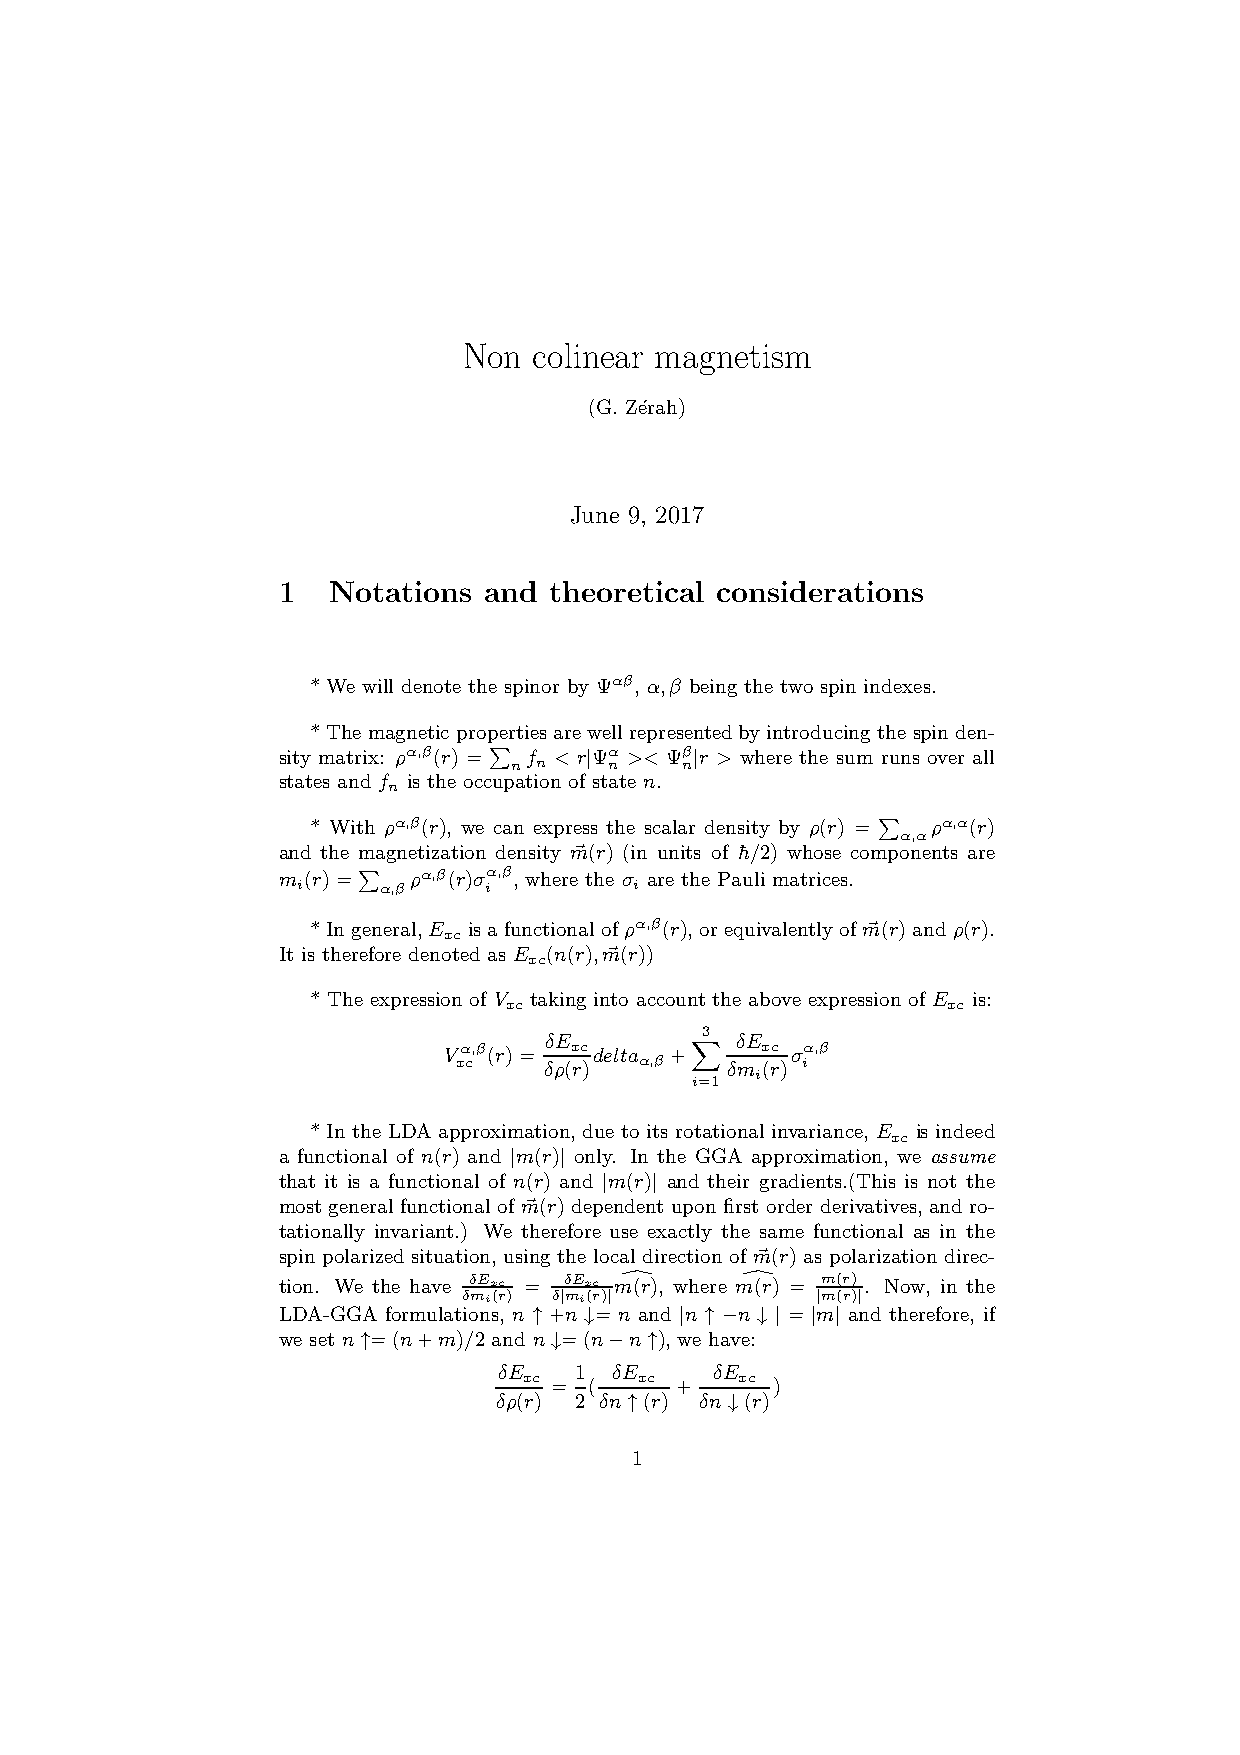
Non colinear magnetism
 (G. Z´erah)
 June 9, 2017
 1   Notations and theoretical considerations
 * We will denote the spinor by Ψαβ, α,β being the two spin indexes.
 * The magnetic propertiesarewellrepresentedby introducing the spinden-
 sity matrix: ρα,β(r) = f < r|Ψα >< Ψβ|r > where the sum runs over all
 Pn n    n    n
 states and f is the occupation of state n.
 n
 * With ρα,β(r), we can express the scalar density by ρ(r) = ρα,α(r)
 Pα,α
 and the magnetization density m~(r) (in units of ¯h/2) whose components are
 m (r)=   ρα,β(r)σα,β, where the σ are the Pauli matrices.
 i   Pα,β    i         i
 * Ingeneral,E isa functionalofρα,β(r), orequivalently ofm~(r) andρ(r).
 xc
 It is therefore denoted as E (n(r),m~(r))
 xc
 * The expression of V taking into account the above expression of E is:
 xc                            xc
 3
 δE           δE
 V xα c,β(r)= δρ(x rc )delta
 α,β
 +X  δmx (rc )σ iα,β
 i
 i=1
 * In the LDA approximation,due to its rotationalinvariance, E is indeed
 xc
 a functional of n(r) and |m(r)| only. In the GGA approximation, we assume
 that it is a functional of n(r) and |m(r)| and their gradients.(This is not the
 most generalfunctional of m~(r) dependent upon first order derivatives,and ro-
 tationally invariant.) We therefore use exactly the same functional as in the
 spin polarized situation, using the local direction of m~(r) as polarization direc-
 tion. We the have δExc = δExc m(r), where m(r) = m(r) . Now, in the
 δmi(r) δ|mi(r)| d d    |m(r)|
 LDA-GGA formulations, n ↑ +n ↓= n and |n ↑ −n ↓ | = |m| and therefore, if
 we set n↑=(n+m)/2 and n↓=(n−n↑), we have:
 δE   1  δE    δE
 xc     xc     xc
 =  (     +     )
 δρ(r) 2 δn↑(r) δn↓(r)
 1